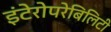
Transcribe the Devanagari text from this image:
इंटेरोपरेबिलिटी